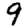
Digit: 9